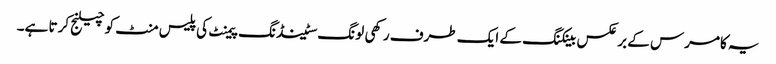
یہ کامرس کے بر عکس بینکنگ کے ایک طرف رکھی لونگ سٹینڈنگ پیمنٹ کی پلیس منٹ کو چیلنج کرتا ہے۔